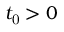
t _ { \mathrm { 0 } } > 0